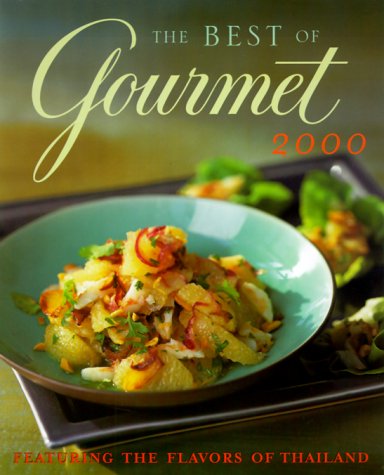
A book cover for The Best of Gourmet: Featuring the Flavors of Thailand; Gourmet Magazine Editors; Cookbooks, Food & Wine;